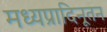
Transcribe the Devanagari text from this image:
मध्यप्रादिनूतन